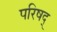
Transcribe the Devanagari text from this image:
परिषद्‍